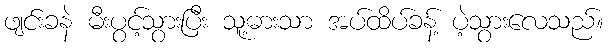
ဖျင်းခနဲ မီးပွင့်သွားပြီး သူ့ဓားသာ အပ်ထိပ်ခန့် ပဲ့သွားလေသည်။